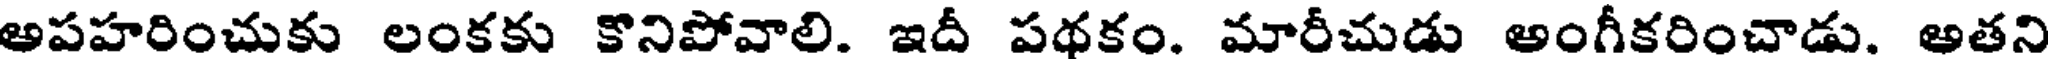
అపహరించుకు లంకకు కొనిపోవాలి. ఇదీ పథకం. మారీచుడు అంగీకరించాడు. అతని